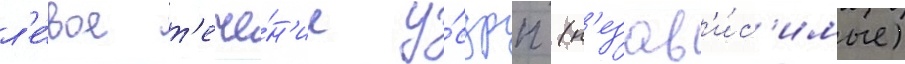
л'е́вое т'ече́н'ие у́сдрп (н'езав'и́с'имые)